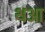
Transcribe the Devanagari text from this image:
थआ